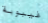
غيبوبة